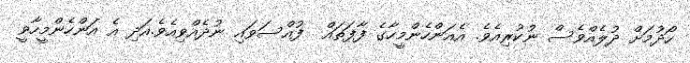
ހޯދުމަށް ދުލެއްވެސް ނުކުރިއެވެ. އެއަންހެންމީހާގެ ފާފަތައް  ފުއްސަވައި ނުދެއްވިއެވެ.އަދި އެ އަންހެންމީހާވީ